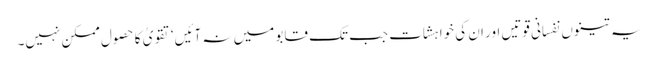
یہ تینوں نفسانی قوتیں اور ان کی خواہشات جب تک قابو میں نہ آئیں‘ تقویٰ کا حصول ممکن نہیں۔